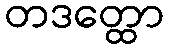
တဒတ္ထော